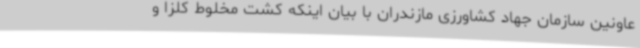
عاونین سازمان جهاد کشاورزی مازندران با بیان اینکه کشت مخلوط کلزا و